Indian Civil Veterinary Department memoirs
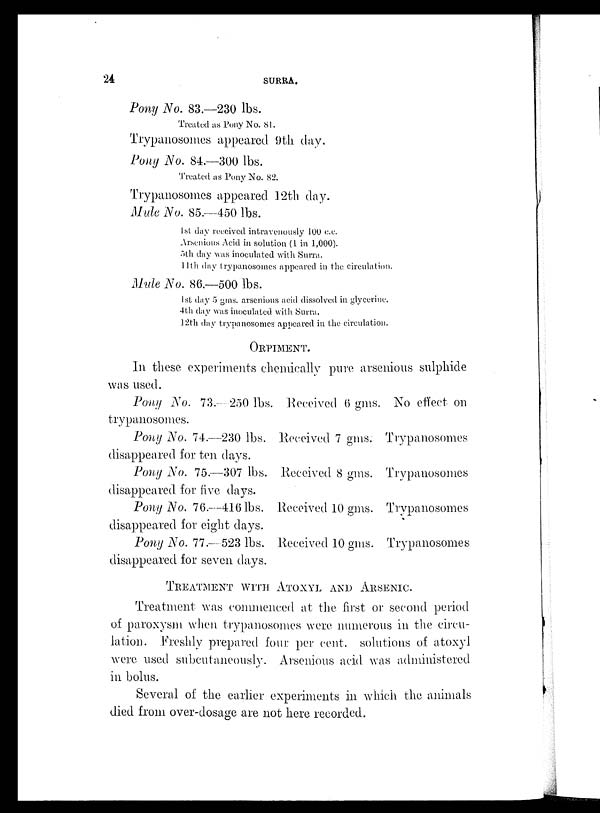
24
SURRA.
Pony No. 83.—230 lbs.
Treated as Pony No. 81.
Trypanosomes appeared 9th day.
Pony No. 84.—300 lbs.
Treated as Pony No. 82.
Trypanosomes appeared 12th day.
Mule No. 85.—450 lbs.
1st day received intravenously 100 c.c.
Arsenious Acid in solution (1 in 1,000).
5th day was inoculated with Surra.
11th day trypanosomes appeared in the circulation.
Mule No. 86.—500 lbs.
1st day 5 gms. arsenious acid dissolved in glycerine.
4th day was inoculated with Surra.
12th day trypanosomes appeared in the circulation.
ORPIMENT.
In these experiments chemically pure arsenious sulphide
was used.
Pony No. 73.—250 lbs.
trypanosomes.
Pony No. 74.—230 lbs.
disappeared for ten days.
Pony No. 75.—307 lbs.
disappeared for five days.
Pony No. 76.—416 lbs.
disappeared for eight days.
Pony No. 77.—523 lbs.
disappeared for seven days.
Received 6 gms.
Received 7 gms.
Received 8 gms.
Received 10 gms.
Received 10 gms.
No effect on
Trypanosomes
Trypanosomes
Trypanosomes
Trypanosomes
TREATMENT WITH ATOXYL AND ARSENIC.
Treatment was commenced at the first or second period
of paroxysm when trypanosomes were numerous in the circu-
lation. Freshly prepared four per cent. solutions of atoxyl
were used subcutaneously. Arsenious acid was administered
in bolus.
Several of the earlier experiments in which the animals
died from over-dosage are not here recorded.